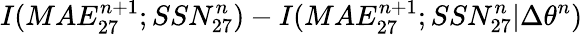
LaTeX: I(MAE_{27}^{n+1};SSN_{27}^{n})-I(MAE_{27}^{n+1};SSN_{27}^{n}|\Delta\theta^{n})